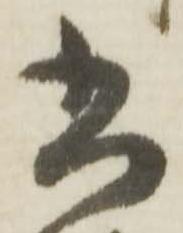
書